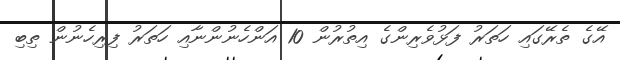
އޭގެ ތެރޭގައި ހަތަރު ފަޅުވެރިންގެ އިތުރުން 10 އަންހެނުންނާއި ހަތަރު ފިރިހެނުން ތިބި